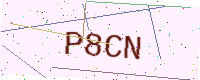
Text: P8CN